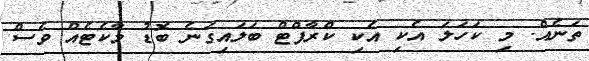
ތަނެއް. މި ކަހަލަ އެކި އެކި ކްރާފްޓް ބަލައިގަނެ ބޮޑު މާކެޓެއް ވެސް